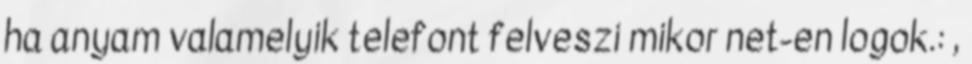
ha anyam valamelyik telefont felveszi mikor net-en logok.: ,